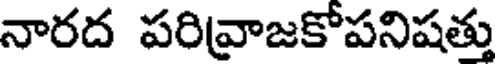
నారద పరివ్రాజకోపనిషత్తు